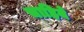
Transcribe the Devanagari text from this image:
चाहिये